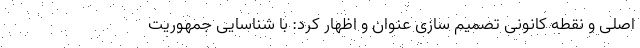
اصلی و نقطه کانونی تصمیم سازی عنوان و اظهار کرد: با شناسایی جمهوریت